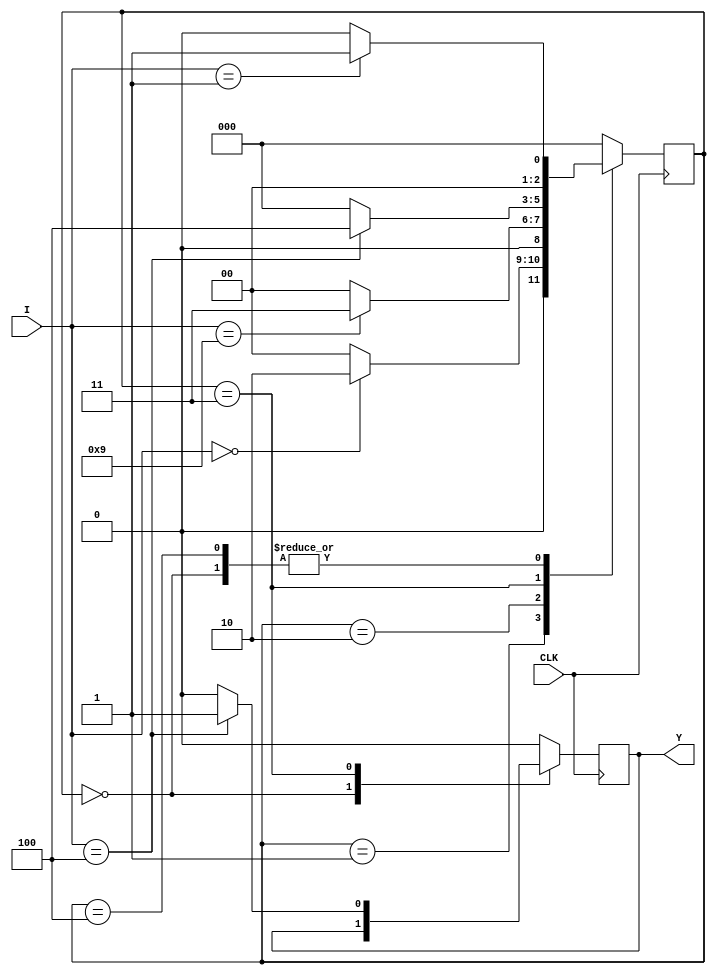
// SM : Task 1 C : Finite State Machine
/*
Instructions
-------------------
Students are not allowed to make any changes in the Module declaration.
This file is used to design a Finite State Machine.

Recommended Quartus Version : 19.1
The submitted project file must be 19.1 compatible as the evaluation will be done on Quartus Prime Lite 19.1.

Warning: The error due to compatibility will not be entertained.
			Do not make any changes to Test_Bench_Vector.txt file. Violating will result into Disqualification.
-------------------
*/

//Finite State Machine design
//Inputs  : I (4 bit) and CLK (clock)
//Output  : Y (Y = 1 when 1094 sequence(decimal number sequence) is detected)

//////////////////DO NOT MAKE ANY CHANGES IN MODULE//////////////////
module fsm(
	input CLK,			  //Clock
	input [3:0]I,       //INPUT I
	output	  Y		  //OUTPUT Y
);

////////////////////////WRITE YOUR CODE FROM HERE//////////////////// 


// Tip : Write your code such that Quartus Generates a State Machine 
//			(Tools > Netlist Viewers > State Machine Viewer).
// 		For doing so, you will have to properly declare State Variables of the
//       State Machine and also perform State Assignments correctly.
//			Use Verilog case statement to design.
	reg Y1=0;
	assign Y=Y1;
	parameter 
	s0=3'b000,
	s1=3'b001,
	s2=3'b010,
	s3=3'b011,
	s4=3'b100;
	
	reg [2:0] current_state=s0;
	reg n1=4'b0001;
	reg n0=4'b0000;
	reg n9=4'b1001;
	reg n4=4'b0100;
 
	always @(posedge CLK) begin
	
	case(current_state)
	s0 : begin
	if(I==4'b0001)begin
	current_state=s1;
	end
	else begin current_state=s0;
	end
	end
	s1 : begin
	if(I==4'b0000) begin
	current_state=s2;
	Y1=0;
	end
	else 
	begin
	current_state=s0;
	Y1=0;
	end
	end
	s2 : begin
	if(I==4'b1001) begin
	current_state=s3;
	Y1=0;
	end
	else 
	begin
	current_state=s0;
	Y1=0;
	end
	end
	s3 : begin
	if(I==4'b0100) begin
	current_state=s4;
	Y1=1;
	end
	else 
	begin
	current_state=s0;
	Y1=0;
	end
	end
	s4 : begin
	if(I==4'b0001)begin
	current_state=s1;
	Y1=0;
	end
	else begin
	current_state=s0;
	Y1=0;
	end
	end
	default : begin
	current_state=s0;
	Y1=0;
	end
	endcase
	end
	 assign Y=Y1;	
   

////////////////////////YOUR CODE ENDS HERE//////////////////////////
endmodule
///////////////////////////////MODULE ENDS///////////////////////////